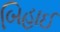
બિહાઈ